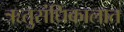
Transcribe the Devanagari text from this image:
ऋतुसंधिकालात